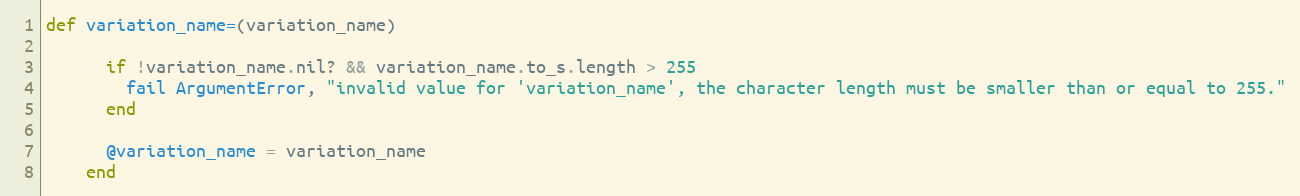
Language: Ruby
def variation_name=(variation_name)

      if !variation_name.nil? && variation_name.to_s.length > 255
        fail ArgumentError, "invalid value for 'variation_name', the character length must be smaller than or equal to 255."
      end

      @variation_name = variation_name
    end